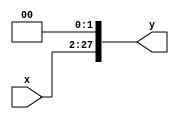
module shift_left_26bits(
					output [27:0]y,
					input [25:0]x);

					assign y=x<<2;
endmodule

/*---------------------------------------------*/
module testbench_shift_left_26bits();
	reg [25:0]x;
	wire [27:0]y;
		
	shift_left_26bits my_shift_left_26bits(y,x);
	
	initial begin	
			x=26'h 2;
			
			$monitor("%h",y);
	end
endmodule